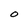
Character: O